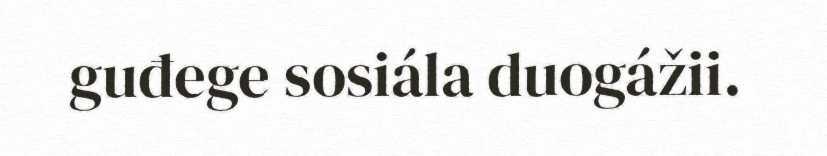
guđege sosiála duogážii.